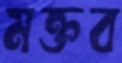
মক্তব